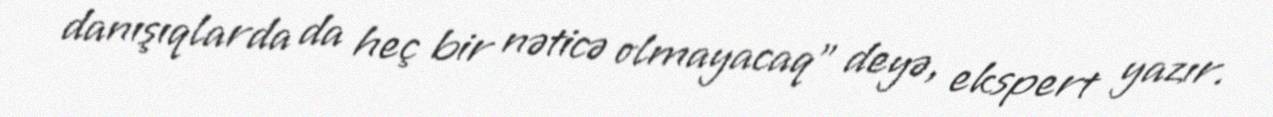
danışıqlarda da heç bir nəticə olmayacaq" deyə, ekspert yazır.